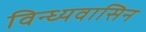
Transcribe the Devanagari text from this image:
विन्ध्यवासिन